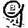
Digit: 9